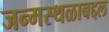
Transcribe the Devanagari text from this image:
जन्मस्थळाबद्दल